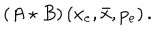
\left( A \star B \right) \left( x _ { e } , \bar { x } , p _ { e } \right) .